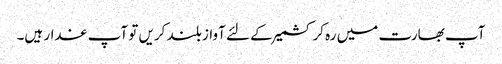
آپ بھارت میں رہ کر کشمیر کے لئے آواز بلند کریں تو آپ غدار ہیں۔